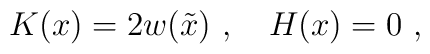
K(x) = 2 w(\tilde x) \ , \ \ \ H(x)=0\ ,